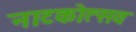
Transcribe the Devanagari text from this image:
नाटकोत्सव